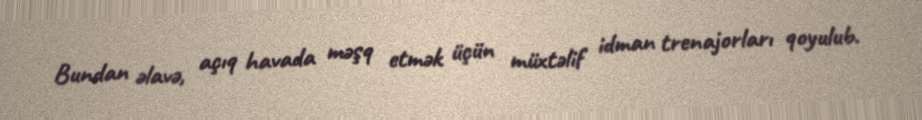
Bundan əlavə, açıq havada məşq etmək üçün müxtəlif idman trenajorları qoyulub.